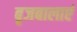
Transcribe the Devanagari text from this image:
बृजबालाएं